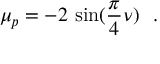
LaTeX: \mu _ { p } = - 2 \, \sin ( \frac { \pi } { 4 } \nu ) ~ ~ .